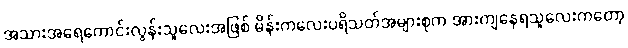
အသားအရေကောင်းလွန်းသူလေးအဖြစ် မိန်းကလေးပရိသတ်အများစုက အားကျနေရသူလေးကတော့